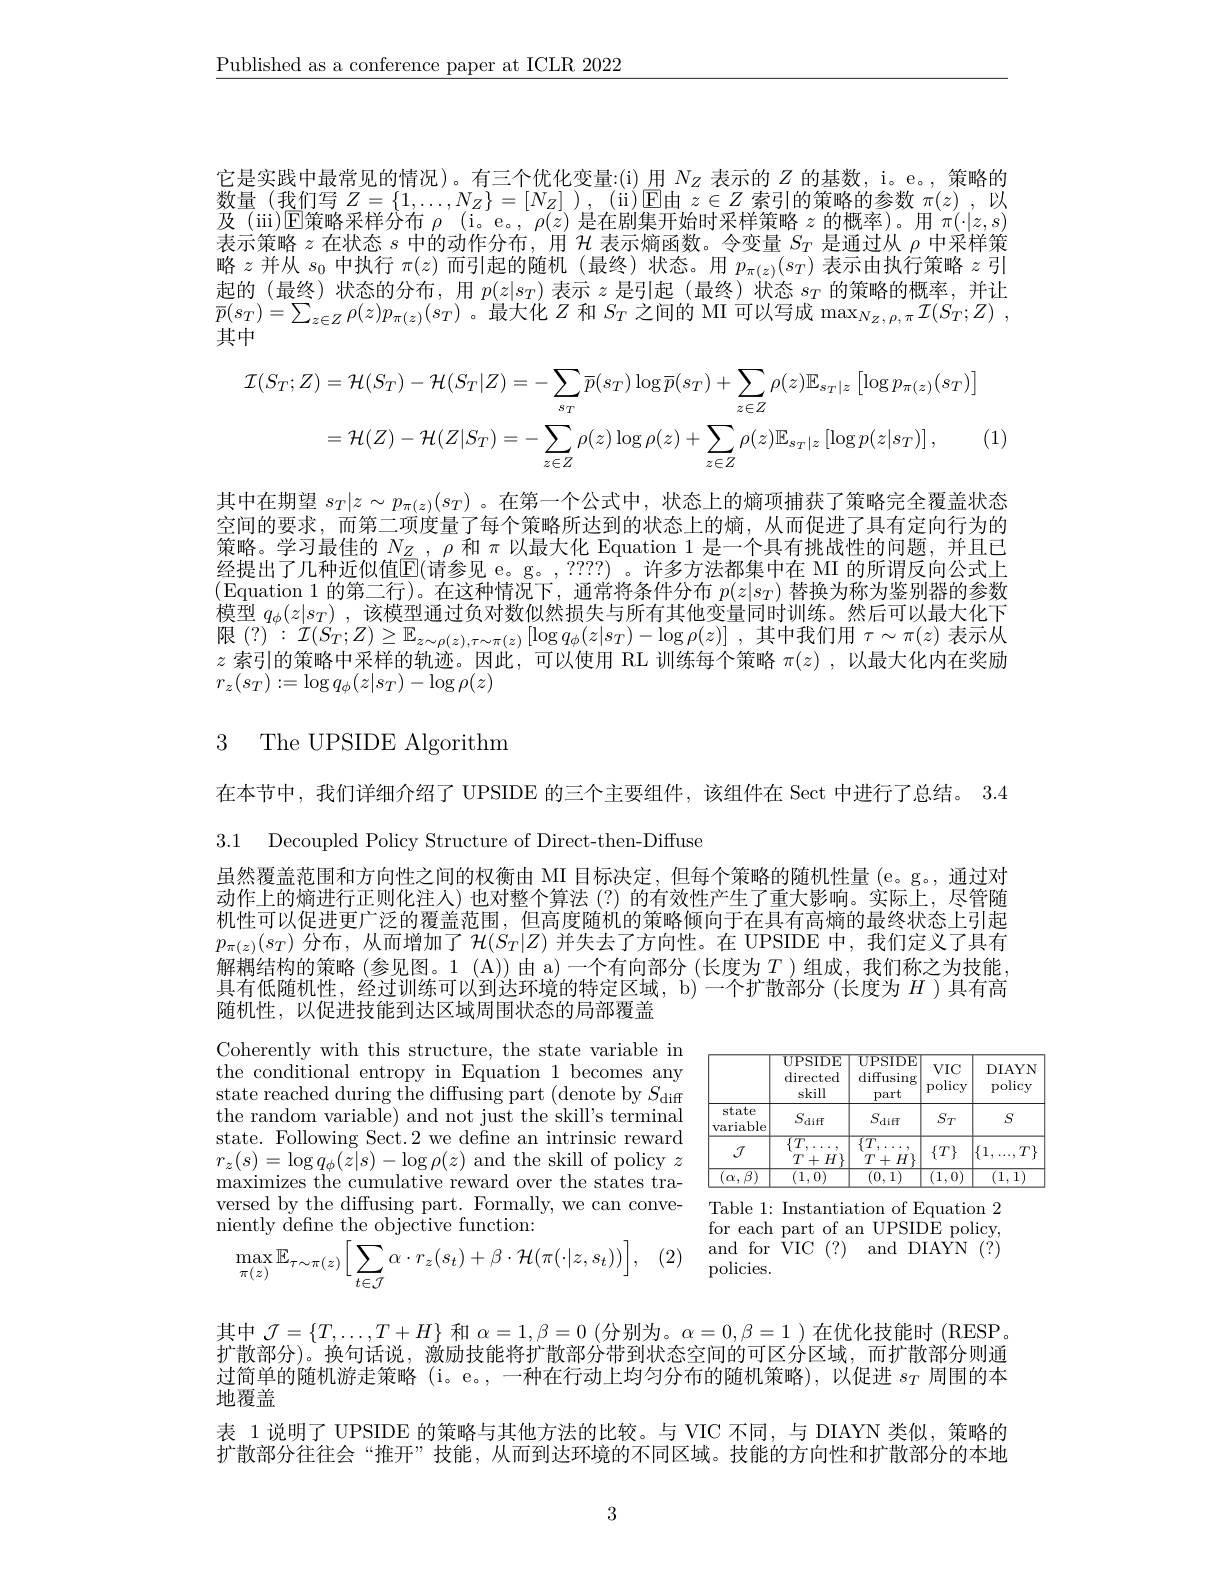
$\underline{\text{Published as a conference paper at ICLR 2022}}$
$$\mathcal{I}(S_{T};Z)=\mathcal{H}(S_{T})-\mathcal{H}(S_{T}|Z)=-\sum_{s_{T}}\overline{p}(s_{T})\log\overline{p}(s_{T})+\sum_{z\in Z}\rho(z)\mathbb{E}_{s_{T}|z}\left[\log p_{\pi(z)}(s_{T})\right]\\=\mathcal{H}(Z)-\mathcal{H}(Z|S_{T})=-\sum_{z\in Z}\rho(z)\log\rho(z)+\sum_{z\in Z}\rho(z)\mathbb{E}_{s_{T}|z}\left[\log p(z|s_{T})\right],$$
它是实践中最常见的情况)。有三个优化变量：(i)用$N_Z$表示的$Z$的基数，i。e。, 策略的数量(我们写$Z= \{ 1, \ldots , N_Z\} = [ N_Z] ) $, (ii)▣由$z\in Z$索引的策略的参数$\pi(z)$,以$\text{及 ( \" {u}i) FT策 略 采 样 分 布 }\varrho$ (i。e。$\rho(z)$是在剧集升始时米样策略$z$的概率)。用$\pi(\cdot|z,s$ 表示策略$z$在状态$s$中的动作分布，用$\mathcal{H}$表示熵函数。令变量$S_T$是通过从$\rho$中采样策略$z$并从$s_0$中执行$\pi(z)$而引起的随机 (最终)状态。用$p_\pi(z)(s_T)$表示由执行策略$z$引起的(最终)状态的分布，用$p(z|s_T)$表示$z$是引起 (最终)状态$s_T$的策略的概率，并让$\overline{p}(s_{T})=\sum_{z\in Z}\rho(z)p_{\pi(z)}(s_{T})$。最大化$Z$和$S_T$之间的 MI 可以写成$\max_N_{Z,\rho,\pi}\mathcal{I}(S_{T};Z)\:$, 其中
(1)
其中在期望$s_T|z\sim p_{\pi(z)}(s_T)$ 。在第一个公式中，状态上的熵项捕获了策略完全覆盖状态空间的要求，而第二项度量了每个策略所达到的状态上的熵，从而促进了具有定向行为的策略。学习最佳的$N_Z,\rho$和$\pi$以最大化 Equation 1 是一个具有挑战性的问题，并且已经提出了几种近似值$\mathbb{E}($请参见 e。g。,????) 。许多方法都集中在 MI 的所谓反向公式上(Equation 1 的第二行)。在这种情况下，通常将条件分布$p(z|s_T)$替换为称为鉴别器的参数模型$q_\phi(z|s_T)$ ,该模型通过负对数似然损失与所有其他变量同时训练。然后可以最大化下限$(?):\mathcal{I}(S_T;Z)\geq\mathbb{E}_{z\sim\rho(z),\tau\sim\pi(z)}\left[\log q_\phi(z|s_T)-\log\rho(z)\right]$,其中我们用$\tau\sim\pi(z)$表示从$z$索引的策略中采样的轨迹。因此，可以使用 RL 训练每个策略$\pi(z)$ ,以最大化内在奖励$r_{z}(s_{T}):=\log q_{\phi}(z|s_{T})-\log\rho(z)$

# 3 The UPSIDE Algorithm

在本节中，我们详细介绍了 UPSIDE 的三个主要组件，该组件在 Sect 中进行了总结。3.4
3.1 Decoupled Policy Structure of Direct-then-Diffuse

虽然覆盖范围和方向性之间的权衡由 MI 目标决定，但每个策略的随机性量 (e。g。, 通过对动作上的熵进行正则化注人)也对整个算法(?)的有效性产生了重大影响。实际上，尽管随机性可以促进更广泛的覆盖范围，但高度随机的策略倾向于在具有高熵的最终状态上引起$p_{\pi(z)}(s_T)$分布，从而增加了$\mathcal{H}(S_T|Z)$并失去了方向性。在 UPSIDE 中，我们定义了具有解耦结构的策略 (参见图。1 (A))由 a)一个有向部分 (长度为$T$ )组成，我们称之为技能具有低随机性，经过训练可以到达环境的特定区域，b)一个扩散部分 (长度为$H$ )具有高随机性，以促进技能到达区域周围状态的局部覆盖

<table>
	<tbody>
		<tr>
			<th> </th>
			<th>$UPSIDE$ $\operatorname{directed}$ skill</th>
			<th>$UPSIDE$ diffusing part</th>
			<th>$VIC$ policy</th>
			<th>DIAYN policy</th>
		</tr>
		<tr>
			<td>state $\operatorname{variable}$</td>
			<td>$S_{\mathrm{diff}}$</td>
			<td>$S$ difr</td>
			<td>$S_T$</td>
			<td>$S$</td>
		</tr>
		<tr>
			<td>$J$</td>
			<td>$\overline{\{T,}$ $H\}$ $T$ $'+$</td>
			<td>$\overline{\{T,}$ $T$ + $H\}$</td>
			<td>$\{T\}$</td>
			<td>$\left|\{1,\right.$ $T\}$ $\ldots\ldots$ $a$</td>
		</tr>
		<tr>
			<td>$\alpha.$</td>
			<td>1,0 $\frac{1}{2}=\frac{1}{2}=\frac{1}{2}$</td>
			<td>0 1</td>
			<td>1 0</td>
			<td>1 1</td>
		</tr>
	</tbody>
</table>
Table 1: Instantiation of Equation 2

Coherently with this structure, the state variable in the conditional entropy in Equation 1 becomes any state reached during the diffusing part (denote by $S_\mathrm{diff}$ the random variable) and not just the skill's terminal state. Following Sect.2 we define an intrinsic reward $r_{z}(s)=\log q_{\phi}(z|s)-\log\rho(z)$ and the skill of policy $z$ maximizes the cumulative reward over the states traversed by the diffusing part. Formally, we can conveniently define the objective function:
$$\max_{\pi(z)}\mathbb{E}_{\tau\sim\pi(z)}\Big[\sum_{t\in\mathcal{J}}\alpha\cdot r_{z}(s_{t})+\beta\cdot\mathcal{H}(\pi(\cdot|z,s_{t}))\Big],$$
for each part of an UPSIDÉ policy, and for VIC (?) and DIAYN (?) policies.

(2)

其中$\mathcal{J}=\{T,\ldots,T+H\}$和$\alpha=1,\beta=0$ (分别为。$\alpha=0,\beta=1$ )在优化技能时 (RESP, 扩散部分)。换句话说，激励技能将扩散部分带到状态空间的可区分区域，而扩散部分则通过简单的随机游走策略(i。e。,一种在行动上均匀分布的随机策略),以促进$s_T$周围的本地覆盖
表 1 说明了 UPSIDE 的策略与其他方法的比较。与 VIC 不同，与 DIAYN 类似，策略的扩散部分往往会“推开”技能，从而到达环境的不同区域。技能的方向性和扩散部分的本地

3